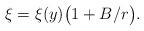
LaTeX: \begin{align*} \xi=\xi(y)\big(1+B/r\big). \end{align*}